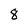
Character: 8